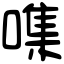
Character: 㗱